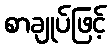
စာချုပ်ဖြင့်